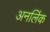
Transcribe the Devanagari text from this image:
अनलिंक